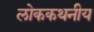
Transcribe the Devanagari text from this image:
लोककथनीय